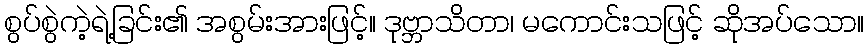
စွပ်စွဲကဲ့ရဲ့ခြင်း၏ အစွမ်းအားဖြင့်။ ဒုဗ္ဘာသိတာ၊ မကောင်းသဖြင့် ဆိုအပ်သော။